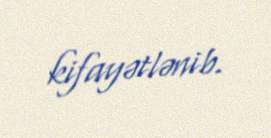
kifayətlənib.